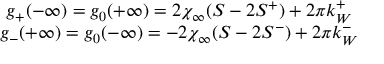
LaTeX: \begin{array} { c } { { g _ { + } ( - \infty ) = g _ { 0 } ( + \infty ) = 2 \chi _ { \infty } ( S - 2 S ^ { + } ) + 2 \pi k _ { W } ^ { + } } } \\ { { g _ { - } ( + \infty ) = g _ { 0 } ( - \infty ) = - 2 \chi _ { \infty } ( S - 2 S ^ { - } ) + 2 \pi k _ { W } ^ { - } } } \end{array}